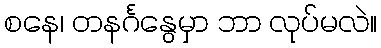
စနေ၊ တနင်္ဂနွေမှာ ဘာ လုပ်မလဲ။